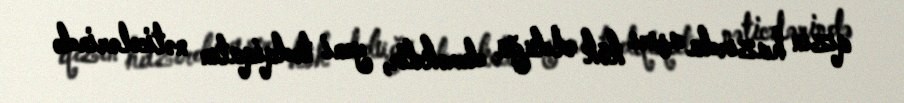
qızın hazırda aşırı kök olduğu deməkdir, yeni tədqiqatın nəticələrində